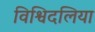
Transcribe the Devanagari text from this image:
विश्विदलिया